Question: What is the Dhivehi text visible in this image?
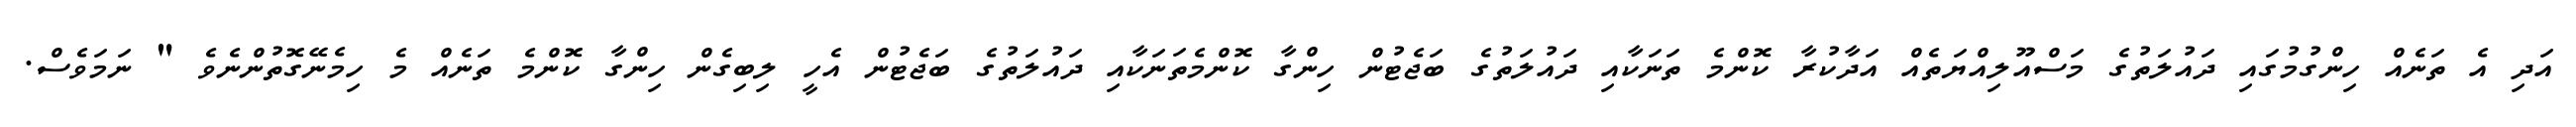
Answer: އަދި އެ ތަނެއް ހިންގުމުގައި ދައުލަތުގެ މަސްއޫލިއްޔަތެއް އަދާކުރާ ކޮންމެ ތަނަކާއި ދައުލަތުގެ ބަޖެޓުން ހިންގާ ކޮންމެތަނަކާއި ދައުލަތުގެ ބަޖެޓުން އެހީ ލިބިގެން ހިންގާ ކޮންމެ ތަނެއް މެ ހިމެނޭގޮތުންނެވެ " ނަމަވެސް.